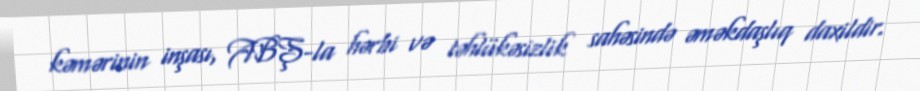
kəmərinin inşası, ABŞ-la hərbi və təhlükəsizlik sahəsində əməkdaşlıq daxildir.